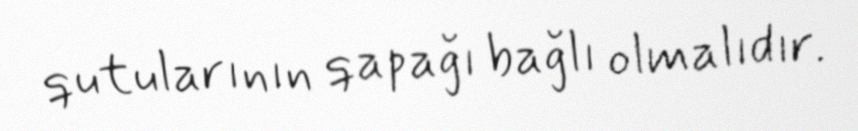
qutularının qapağı bağlı olmalıdır.